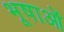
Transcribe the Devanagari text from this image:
भूषाओं